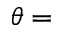
\theta =